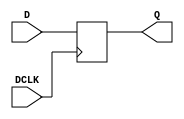
`timescale 1ns / 1ps
//////////////////////////////////////////////////////////////////////////////////
// Company: 
// Engineer: 
// 
// Design Name: 
// Module Name:    DD 
// Project Name: 
// Target Devices: 
// Tool versions: 
// Description: 
//
// Dependencies: 
//
// Revision: 
// Revision 0.01 - File Created
// Additional Comments: 
//
//////////////////////////////////////////////////////////////////////////////////
module DD(
           DCLK, 
			  D, 
			  Q
			);
    input    DCLK;
    input    D;
    output   Q;
	 reg    Q;
	  
	 always @(posedge DCLK)
		begin
			Q<=D;
		end	
endmodule